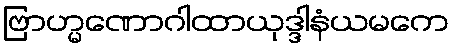
ဗြာဟ္မဏောဂါထာယုဒ္ဒါနံယမကေ